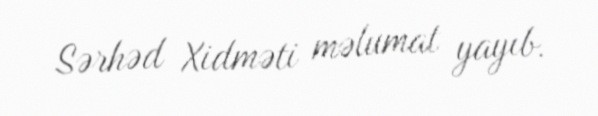
Sərhəd Xidməti məlumat yayıb.